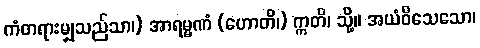
ကံတရားမျှသည်သာ၊) အာရမ္မဏံ (ဟောတိ၊) ဣတိ၊ သို့။ အယံဝိသေသော၊